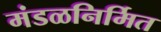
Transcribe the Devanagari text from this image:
मंडळनिर्मित